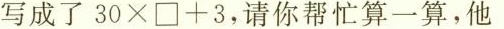
写成了$$ 30 × /Box + 3 $$，请你帮忙算一算，他